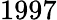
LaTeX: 1997